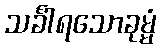
သင်္ခါရသောခုမ္မံ